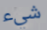
شيء